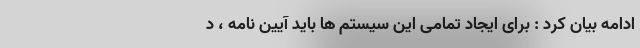
ادامه بیان کرد : برای ایجاد تمامی این سیستم ها باید آیین نامه ، د